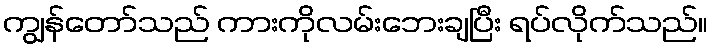
ကျွန်တော်သည် ကားကိုလမ်းဘေးချပြီး ရပ်လိုက်သည်။